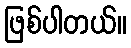
ဖြစ်ပါတယ်။